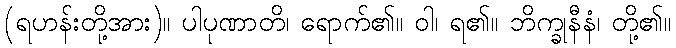
(ရဟန်းတို့အား)။ ပါပုဏာတိ၊ ရောက်၏။ ဝါ၊ ရ၏။ ဘိက္ခုနီနံ၊ တို့၏။